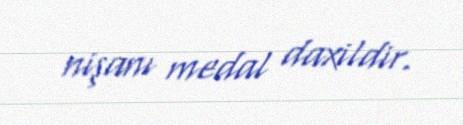
nişanı medal daxildir.